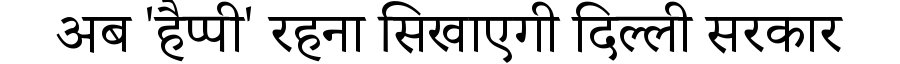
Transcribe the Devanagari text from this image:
अब 'हैप्पी' रहना सिखाएगी दिल्ली सरकार